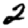
Digit: 2